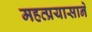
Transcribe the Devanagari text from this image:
महत्प्रयासाने